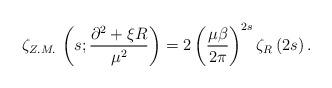
LaTeX: \begin{align*}\zeta _{Z.M.}\, \left( s;\frac{\partial ^{2}+\xi R}{\mu ^{2}}\right) =2\left( \frac{\mu \beta }{2\pi }\right) ^{2s}\zeta _{R}\left( 2s\right) .\end{align*}